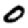
Digit: 0